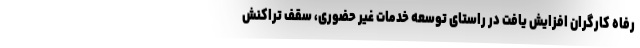
رفاه کارگران افزایش یافت در راستای توسعه خدمات غیر حضوری، سقف تراکنش